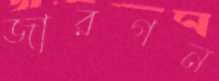
জারগন